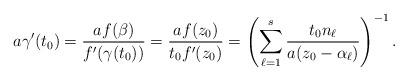
LaTeX: \begin{align*} a\gamma'(t_0) = \frac{af(\beta)}{f'(\gamma(t_0))} = \frac{af(z_0)}{t_0f'(z_0)} = \left(\sum_{\ell=1}^s\frac{t_0 n_\ell}{a(z_0-\alpha_\ell)}\right)^{-1}.\end{align*}